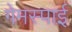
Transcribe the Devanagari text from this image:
गेमस्पाई